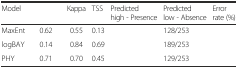
<table><thead><tr><td><b>Model</b></td><td>[EMPTY_CELL]</td><td><b>Kappa</b></td><td><b>TSS</b></td><td><b>Predicted high - Presence</b></td><td><b>Predicted low - Absence</b></td><td><b>Error rate (%)</b></td></tr></thead><tbody><tr><td>MaxEnt</td><td>0.62</td><td>0.55</td><td>0.13</td><td>[EMPTY_CELL]</td><td>128/253</td><td>[EMPTY_CELL]</td></tr><tr><td>logBAY</td><td>0.14</td><td>0.84</td><td>0.69</td><td>[EMPTY_CELL]</td><td>189/253</td><td>[EMPTY_CELL]</td></tr><tr><td>PHY</td><td>0.71</td><td>0.70</td><td>0.45</td><td>[EMPTY_CELL]</td><td>129/253</td><td>[EMPTY_CELL]</td></tr></tbody></table>